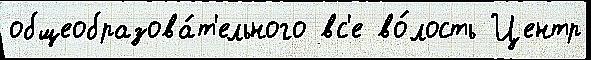
общеобразова́т'ельного вс'е во́лость Центр